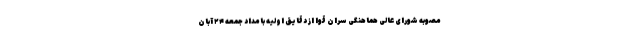
مصوبه شورای عالی هماهنگی سران قوا از دقایق اولیه بامداد جمعه ۲۴ آبان‌